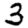
Digit: 3